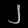
Digit: ၂